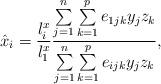
LaTeX: \begin{align*}\hat{x}_{i}=\frac{l_{i}^{x}}{l_{1}^{x}}\frac{\sum\limits_{j=1}^n \sum\limits_{k=1}^p {e_{1jk}y_{j}z_{k}} }{\sum\limits_{j=1}^n \sum\limits_{k=1}^p {e_{ijk}y_{j}z_{k}} },\end{align*}